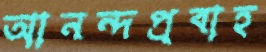
আনন্দপ্রবাহ